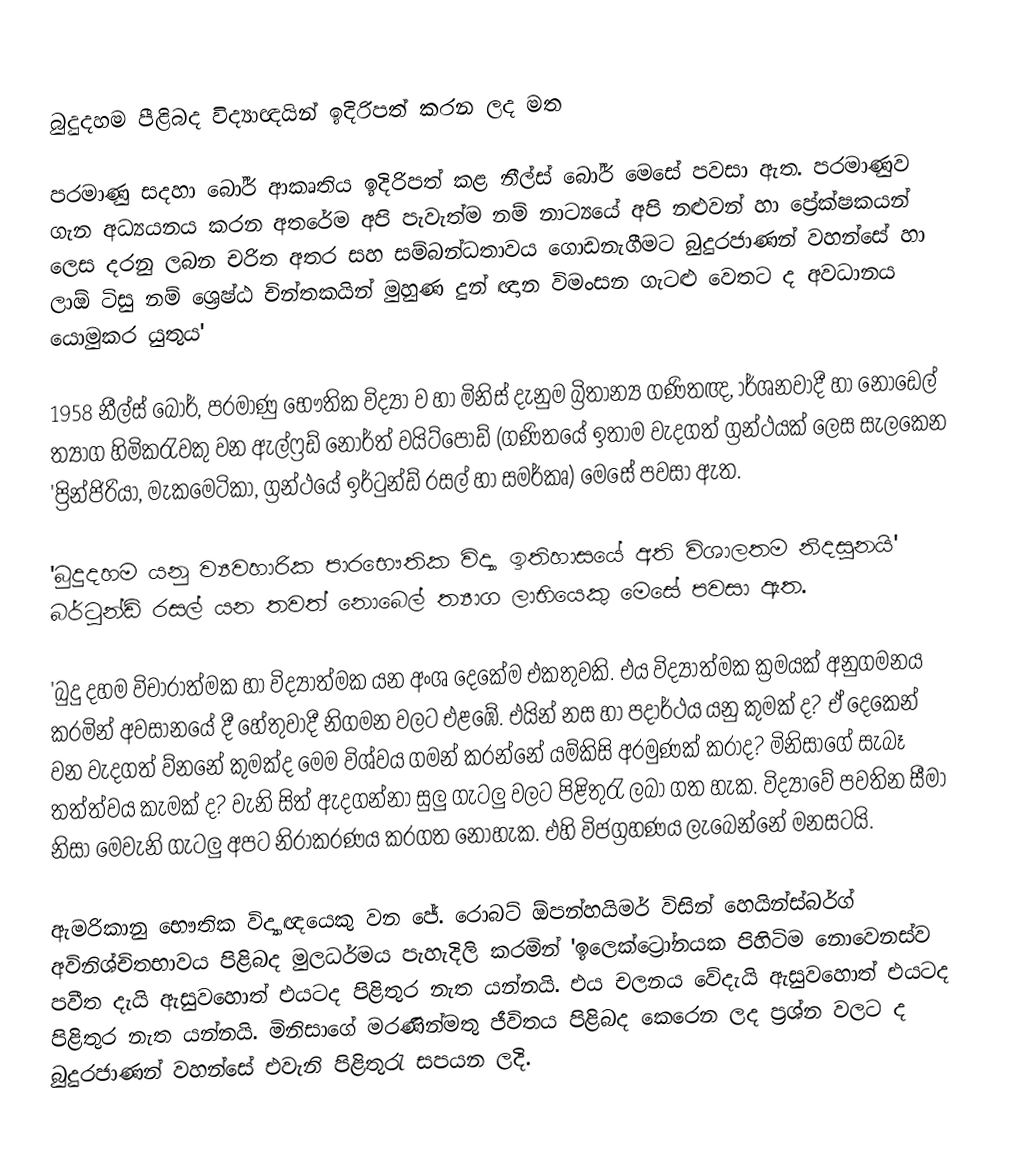

බුදුදහම පීළිබද විද්‍යාඥයින් ඉදිරිපත් කරන ලද මත

පරමාණු සදහා බෝර් ආකෘතිය ඉදිරිපත් කළ නීල්ස් ‍බෝර් මෙසේ පවසා ඇත.  පරමාණුව ගැන අධ්‍යයනය කරන අතරේම අපි පැවැත්ම නම් නාට්‍යයේ අපි නළුවන් ‍හා ප්‍රේක්ෂකයන් ලෙස දරනු ලබන චරිත අතර සහ සම්බන්ධතාවය ගොඩනැගීමට බුදුරජාණන්  වහන්සේ හා ලාඕ ටිසු නම් ශ්‍රෙෂ්ඨ චින්තකයින් මුහුණ දුන් ඥාන විමංසන ගැටළු වෙතට ද අවධානය යොමුකර යුතුය'

1958 නීල්ස් බෝර්, පරමාණු භෞතික විද්‍යා ව හා මිනිස් දැනුම බ්‍රිතාන්‍ය ගණිතඥ, ාර්ශනවාදී හා නොඩෙල් ත්‍යාග හිමිකරැවකු වන  ඇල්ෆ්‍රඩ් ‍නොර්ත්  වයිට්පොඩ් (ගණිතයේ ඉතාම වැදගත් ග්‍රන්ථයක් ලෙස සැලකෙන 'ප්‍රින්ජිරියා, මැකමෙටිකා, ග්‍රන්ථයේ ඉර්ටුන්ඩ්  රසල් හා සමර්කෘ) මෙසේ පවසා ඇත.

'බුදුදහම යනු ව්‍යවහාරික පාරභෞතික විද්‍යා ඉතිහාසයේ අති විශාලතම නිදසුනයි' බර්ටුන්ඩ් රසල් යන තවත් නොබෙල් ත්‍යාග ලාභියෙකු මෙසේ පවසා ඇත.

'බුදු දහම විචාරාත්මක හා විද්‍යාත්මක යන අංශ දෙකේම එකතුවකි. එය විද්‍යාත්මක ක්‍රමයක් අනුගමනය කරමින් අවසාන‍යේ දී හේතුවාදී නිගමන වලට එළඹේ. එයින්  නස හා පදාර්ථය යනු කුමක් ද? ඒ දෙකෙන් වන වැදගත් ව්නනේ කුමක්ද මෙම විශ්වය ගමන් කරන්නේ යම්කිසි අරමුණක් කරාද? මිනිසාගේ සැබෑ තත්ත්වය කැමක් ද? වැනි සිත් ඇදගන්නා සුලු ගැටලු වලට පිළිතුරැ ලබා ගත හැක. විද්‍යාවේ පවතින සීමා නිසා මෙවැනි ගැටලු අපට නිරාකරණය කරගත නොහැක. එහි විජග්‍රහණය ලැබෙන්නේ මනසටයි.

ඇමරිකානු‍ භෞතික  විද්‍යාඥයෙකු වන ජේ. රොබට් ඕපන්හයිමර් විසින් හෙයින්ස්බර්ග් අවිනිශ්චිතභාවය පිළිබද මුලධර්මය පැහැදිලි කරමින් 'ඉලෙක්ට්‍රෝනයක පිහිටිම නොවෙනස්ව පවීත දැයි ඇසුවහොත් එයටද පිළිතුර නැත යන්නයි. එය චලනය වේදැයි ඇසු‍වහොත් එයටද පිළිතුර නැත යන්නයි. මිනිසාගේ මරණින්මතු ජීවිතය පිළිබද කෙරෙන ලද ප්‍රශ්න වලට ද බුදුරජාණන් වහන්සේ එවැනි පිළිතුරැ සපයන ලදි.